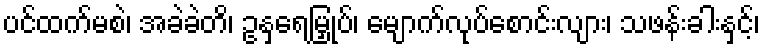
ပင်ထက်မစဲ၊ အခဲခဲတိ၊ ဥနှရေမြှုပ်၊ မျောက်လုပ်စောင်းလျား၊ သဖန်းခါးနှင့်၊